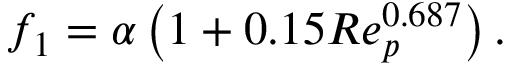
\begin{array} { r } { f _ { 1 } = \alpha \left( 1 + 0 . 1 5 R e _ { p } ^ { 0 . 6 8 7 } \right) . } \end{array}